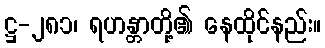
ဋ္ဌ-၂၈၁၊ ရဟန္တာတို့၏ နေထိုင်နည်း။